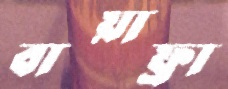
বায়াফ্রা